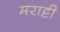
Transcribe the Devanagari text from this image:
मराट्टी